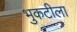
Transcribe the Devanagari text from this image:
भुकटीला